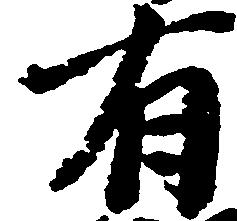
有